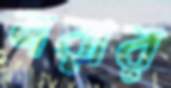
লরার